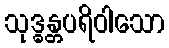
သုဒ္ဓန္တပရိဝါသော